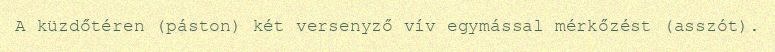
A küzdőtéren (páston) két versenyző vív egymással mérkőzést (asszót).